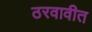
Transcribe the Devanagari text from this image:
ठरवावीत